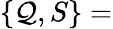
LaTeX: \left\{ \mathcal{Q},S\right\} =